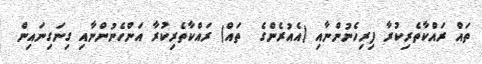
ތައް ރައްކާތެރިކުރާ ފިރިހެނުންނާއި (އެއުރެންގެ  ތައް) ރައްކާތެރިކުރާ އަންހެނުންނާއި ގިނަގިނައިން